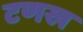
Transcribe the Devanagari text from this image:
टणख